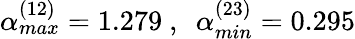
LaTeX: \alpha_{max}^{(12)}=1.279\ ,\ \ \alpha_{min}^{(23)}=0.295